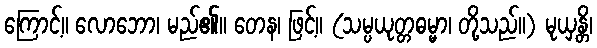
ကြောင့်။ လောဘော၊ မည်၏။ တေန၊ ဖြင့်။ (သမ္ပယုတ္တဓမ္မာ၊ တို့သည်။) မုယှန္တိ၊